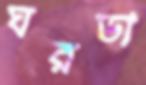
ঘরডা